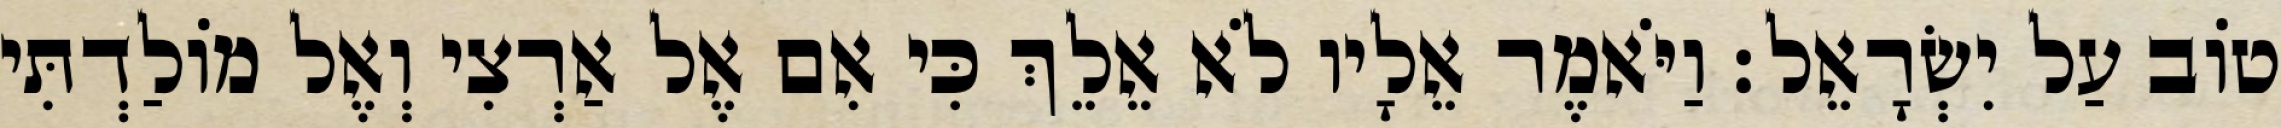
טוֹב עַל יִשְׂרָאֵל׃ וַיֹּאמֶר אֵלָיו לֹא אֵלֵךְ כִּי אִם אֶל אַרְצִי וְאֶל מוֹלַדְתִּי